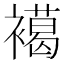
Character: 𧝶